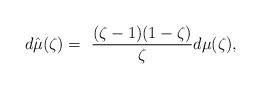
LaTeX: \begin{align*} d \hat{\mu}(\zeta) = \ \frac{(\zeta-1)(1-\zeta)}{\zeta}d\mu(\zeta),\end{align*}